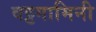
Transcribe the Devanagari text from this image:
वट्टगामिनी